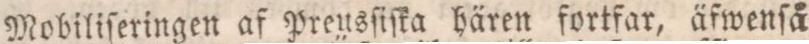
Mobiliſeringen af Preusſiſka hären fortfar, äfwenſå